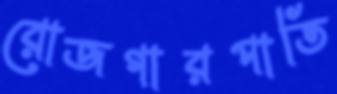
রোজগারপাতি